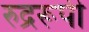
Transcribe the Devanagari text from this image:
रुद्ररूपी